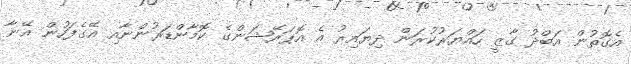
އެގޮތުން އަބްދު ގާޒީ ހައްޔަރުކުރަން ދިޔައިރު އެ އޮޕަރޭޝަންގެ ކޮމާންޑަރުންނާއި އޭގެފަހުން އޭނާ